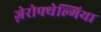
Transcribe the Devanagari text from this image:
ज़ेरोफ्थेल्मिया